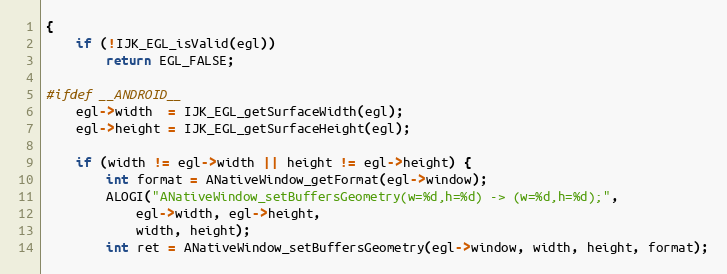
Language: C
{
    if (!IJK_EGL_isValid(egl))
        return EGL_FALSE;

#ifdef __ANDROID__
    egl->width  = IJK_EGL_getSurfaceWidth(egl);
    egl->height = IJK_EGL_getSurfaceHeight(egl);

    if (width != egl->width || height != egl->height) {
        int format = ANativeWindow_getFormat(egl->window);
        ALOGI("ANativeWindow_setBuffersGeometry(w=%d,h=%d) -> (w=%d,h=%d);",
            egl->width, egl->height,
            width, height);
        int ret = ANativeWindow_setBuffersGeometry(egl->window, width, height, format);